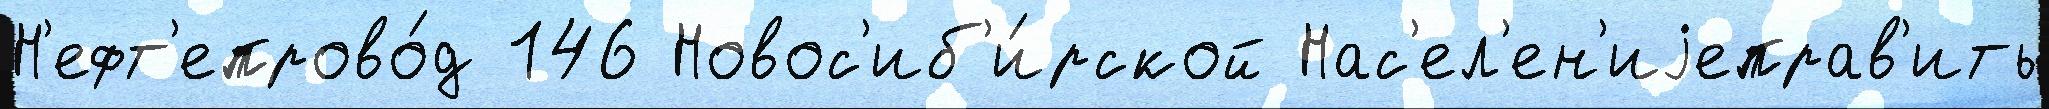
Н'ефт'епрово́д 146 Новос'иб'и́рской Нас'ел'ен'иjеправ'ить